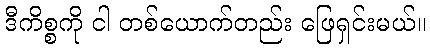
ဒီကိစ္စကို ငါ တစ်ယောက်တည်း ဖြေရှင်းမယ်။